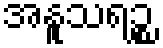
အနူသရဉ္စ